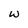
Character: w